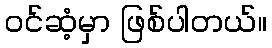
ဝင်ဆံ့မှာ ဖြစ်ပါတယ်။